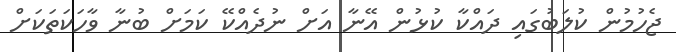
ޖެހުމުން ކުލަބުގައި ދައްކާ ކުޅުން އޭނާ އަށް ނުދެއްކޭ ކަމަށް ބުނާ ވާހަކަތަކަށް